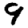
Digit: 9